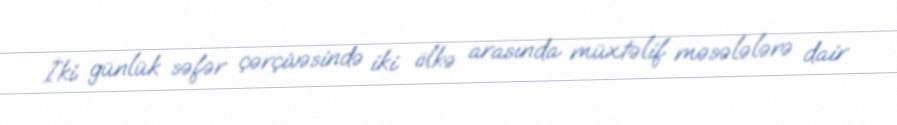
İki günlük səfər çərçivəsində iki ölkə arasında müxtəlif məsələlərə dair